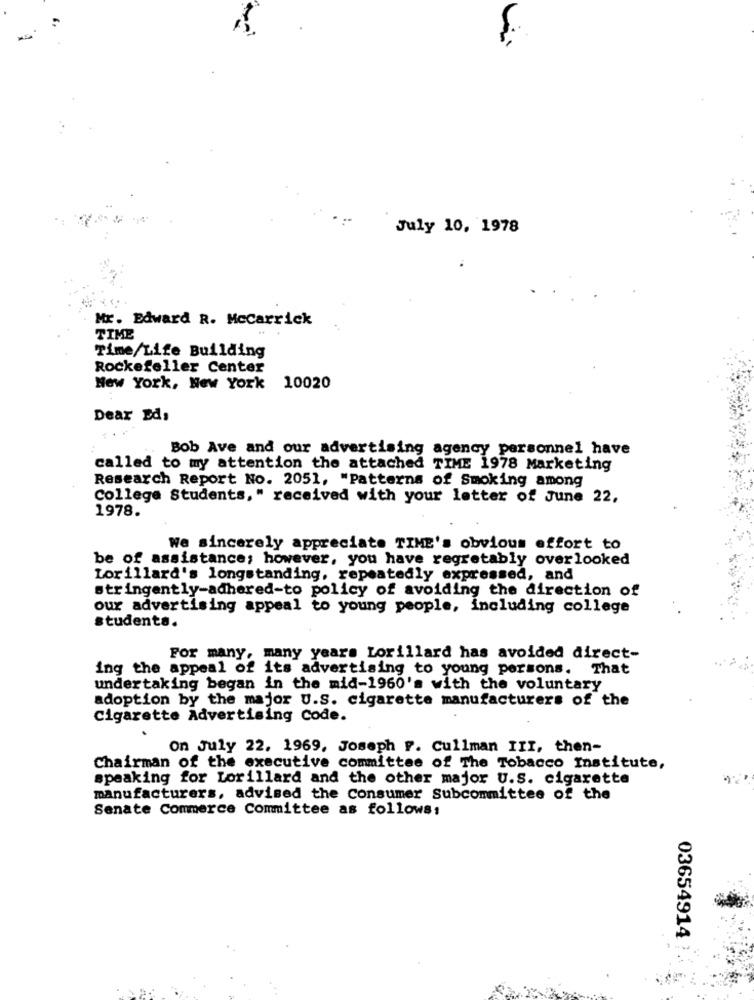
July 10, 1978
Mr. Edward R. Mccarrick
TIME
Time/Life Building
Rockefeller Center
New York, New York 10020
Dear Eds
Bob Ave and our advertising agency personnel have
called to my attention the attached TIME 1978 Marketing
Research Report No. 2051, "Patterns of Smoking among
College Students," received with your letter of June 22,
1978.
We sincerely appreciate TIME's obvious effort to
be of assistance; however, you have regretably overlooked
Lorillard's longstanding, repeatedly expressed, and
stringently-adhered-to policy of avoiding the direction of
our advertising appeal to young people, including college
students.
For many, many years Lorillard has avoided direct-
ing the appeal of its advertising to young persons. That
undertaking began in the mid-1960's with the voluntary
adoption by the major U.S. cigarette manufacturers of the
Cigarette Advertising Code.
on July 22. 1969, Joseph F. Cullman III, then-
Chairman of the executive committee of The Tobacco Institute,
speaking for Lorillard and the other major U.S. cigarette
manufacturers, advised the Consumer Subcommittee of the
Senate Commerce Committee as follows:
03654914